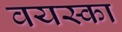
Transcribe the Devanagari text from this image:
वयस्का